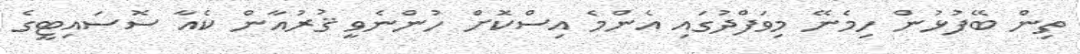
ތިން ބޭފުޅުން ހިމެނޭ މިވަފްދުގައި އެންމެ އިސްކޮށް ހުންނެވީ ޤުރުއާން ކެއާ ސޮސައިޓީގެ